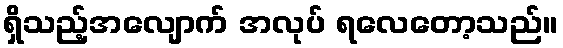
ရှိသည့်အလျောက် အလုပ် ရလေတော့သည်။